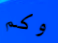
وكم